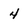
Character: 4